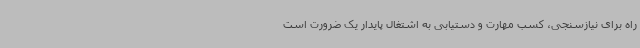
راه برای نیازسنجی، کسب مهارت و دستیابی به اشتغال پایدار یک ضرورت است